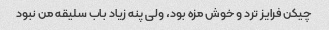
چیکن فرایز ترد و خوش مزه بود، ولی پنه زیاد باب سلیقه من نبود